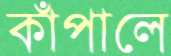
কাঁপালে